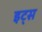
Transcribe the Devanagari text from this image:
इट्‍स